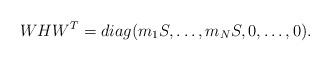
LaTeX: \begin{align*}W H W^T= diag(m_1 S, \dots, m_N S, 0, \dots, 0).\end{align*}